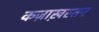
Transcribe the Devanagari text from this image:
कज़ाख़स्तन